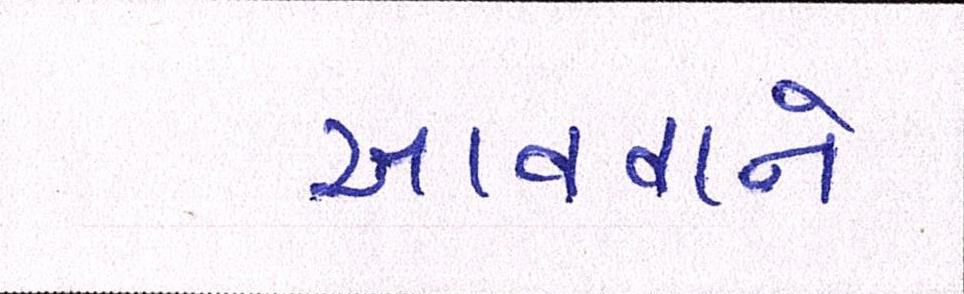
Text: આવવાને